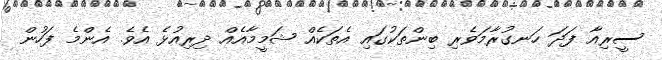
ސީރިއާ ފަދަ ހަނގުރާމަވެރި ބިންތަކުގައި އެތަކެއް ޝަމީމާއެއް ދިރިއުޅެ އެވެ. އެންމެ ފަހުން